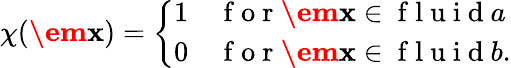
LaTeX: \chi(\textbf{\em x})=\left\{ \begin{array}{ll}{1}&{\mathrm{~f~o~r~}\textbf{\em x}\in\mathrm{~f~l~u~i~d~}a}\\ {0}&{\mathrm{~f~o~r~}\textbf{\em x}\in\mathrm{~f~l~u~i~d~}b.}\end{array}\right.